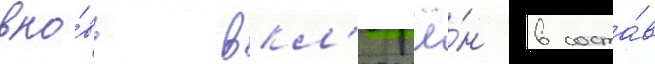
вно́вь вкл'ючё́н в соста́в